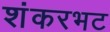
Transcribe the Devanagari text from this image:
शंकरभट